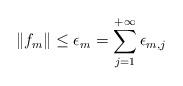
LaTeX: \begin{align*} \|f_m\|\leq\epsilon_m=\sum_{j=1}^{+\infty}\epsilon_{m,j}\end{align*}